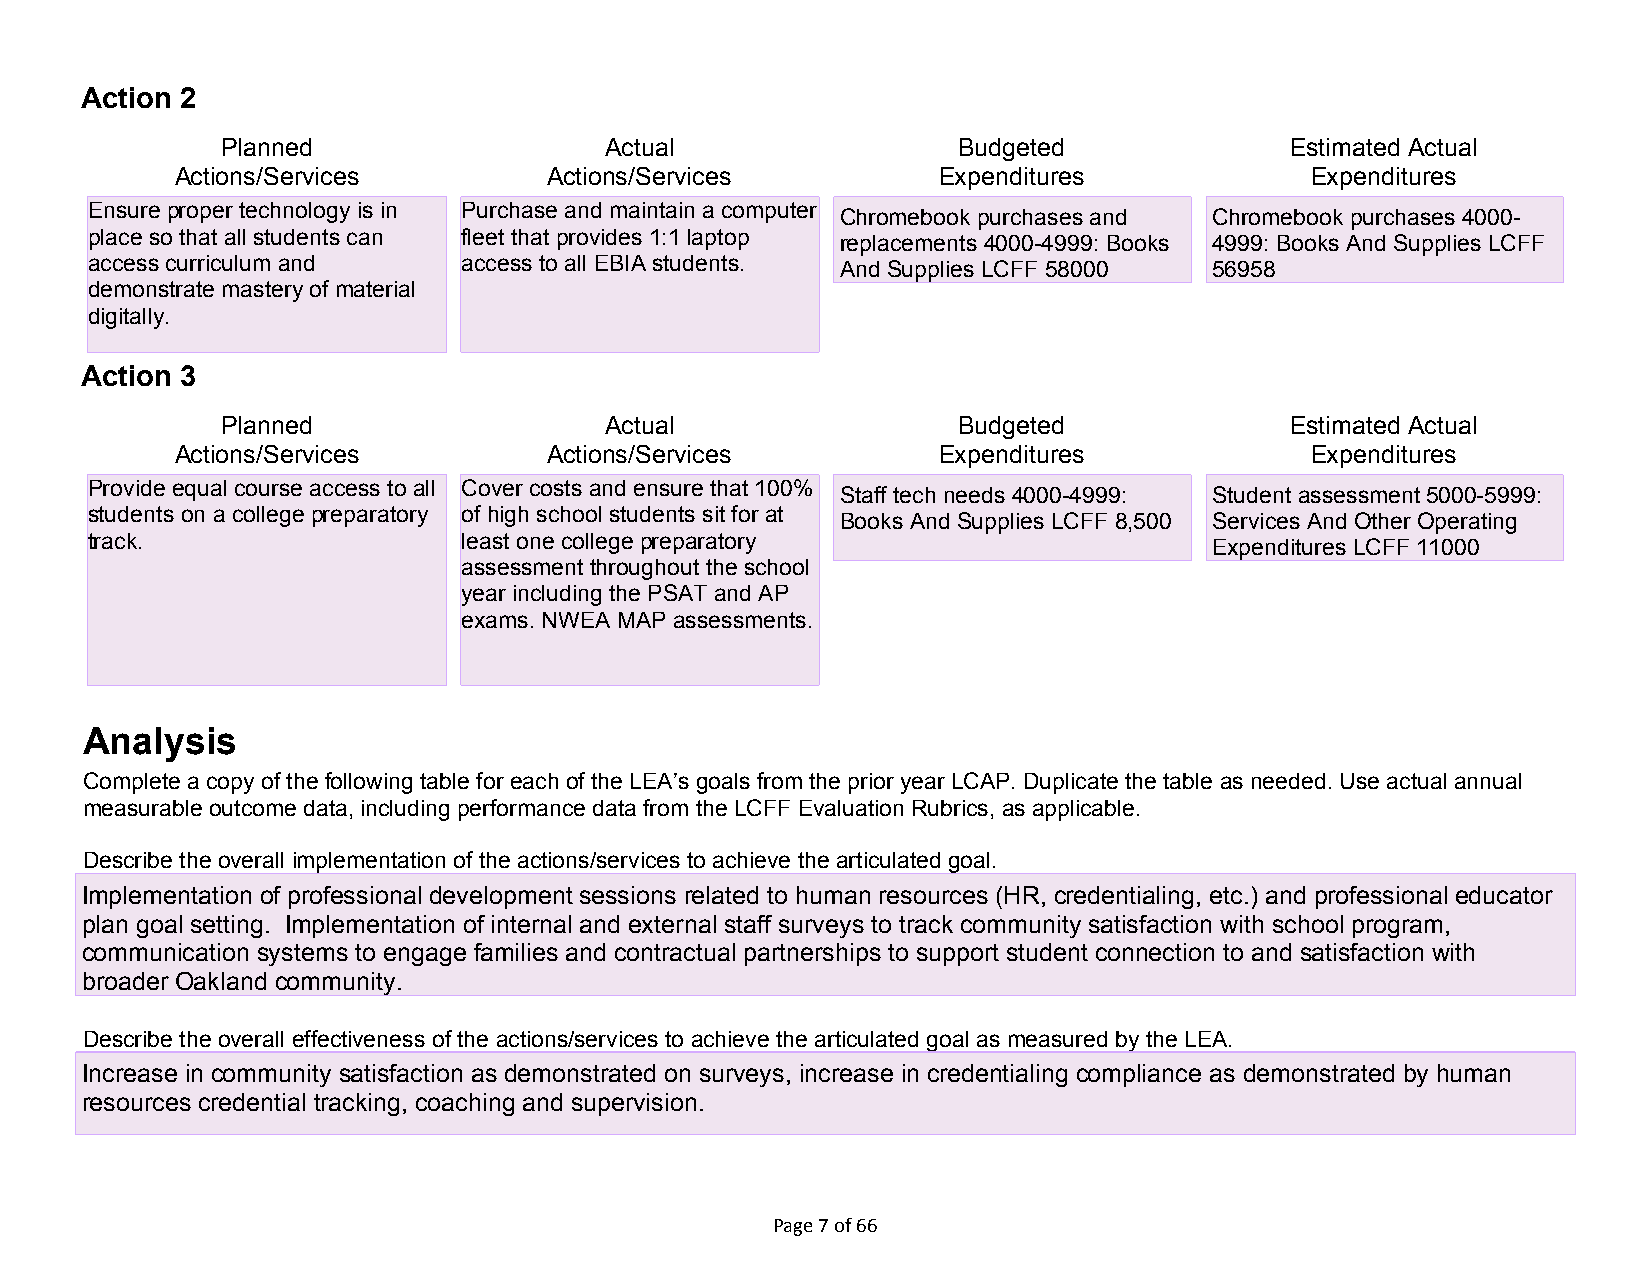
Action 2
 Planned                  Actual                 Budgeted              Estimated Actual
 Actions/Services        Actions/Services          Expenditures             Expenditures
 Ensure proper technology is in Purchase and maintain a computer
 Chromebook purchases and Chromebook purchases 4000-
 place so that all students can fleet that provides 1:1 laptop
 replacements 4000-4999: Books 4999: Books And Supplies LCFF
 access curriculum and    access to all EBIA students.
 And Supplies LCFF 58000 56958
 demonstrate mastery of material
 digitally.
 Action 3
 Planned                  Actual                 Budgeted              Estimated Actual
 Actions/Services        Actions/Services          Expenditures             Expenditures
 Provide equal course access to all Cover costs and ensure that 100%
 Staff tech needs 4000-4999: Student assessment 5000-5999:
 students on a college preparatory of high school students sit for at
 Books And Supplies LCFF 8,500 Services And Other Operating
 track.                   least one college preparatory
 Expenditures LCFF 11000
 assessment throughout the school
 year including the PSAT and AP
 exams. NWEA MAP assessments.
 Analysis
 Complete a copy of the following table for each of the LEA’s goals from the prior year LCAP. Duplicate the table as needed. Use actual annual
 measurable outcome data, including performance data from the LCFF Evaluation Rubrics, as applicable.
 Describe the overall implementation of the actions/services to achieve the articulated goal.
 Implementation of professional development sessions related to human resources (HR, credentialing, etc.) and professional educator
 plan goal setting. Implementation of internal and external staff surveys to track community satisfaction with school program,
 communication systems to engage families and contractual partnerships to support student connection to and satisfaction with
 broader Oakland community.
 Describe the overall effectiveness of the actions/services to achieve the articulated goal as measured by the LEA.
 Increase in community satisfaction as demonstrated on surveys, increase in credentialing compliance as demonstrated by human
 resources credential tracking, coaching and supervision.
 Page 7 of 66